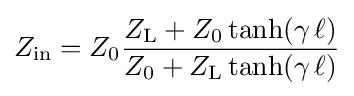
Z_{\mathrm {in} }=Z_{0}{\frac {Z_{\mathrm {L} }+Z_{0}\tanh(\gamma \,\ell )}{Z_{0}+Z_{\mathrm {L} }\tanh(\gamma \,\ell )}}